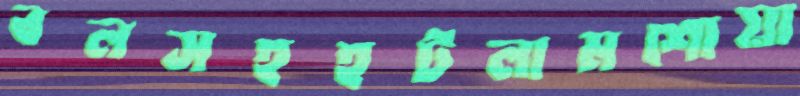
বলসহহটলামশোয়া